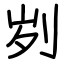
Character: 刿